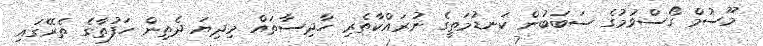
މޫސުމް ގޯސްވުމުގެ ސަބަބުން ކަނޑުމަތީގެ ނުރައްކާތެރި ހާދިސާތައް މިދިޔަ ދެތިން ހަފުތާގެ ތެރޭގައި